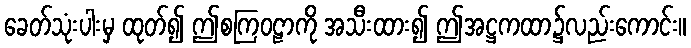
ခေတ်သုံးပါးမှ ထုတ်၍ ဤစကြဝဠာကို အသီးထား၍ ဤအဋ္ဌကထာ၌လည်းကောင်း။